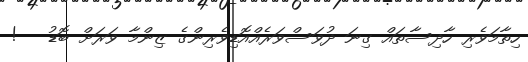
ހިތާމަވެރި ހާދިސާތައް ގިނަ ދުވަސްވަރެއްއޮޑިވެރިންގެ ޒިންމާ ވަރަށް ބޮޑު   !